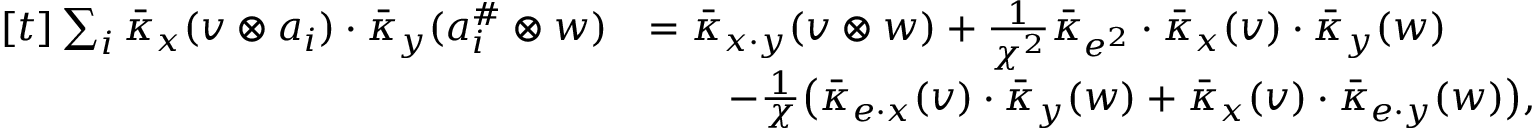
\begin{array} { r l } { [ t ] \sum _ { i } \bar { \kappa } _ { x } ( v \otimes a _ { i } ) \cdot \bar { \kappa } _ { y } ( a _ { i } ^ { \# } \otimes w ) } & { = \bar { \kappa } _ { x \cdot y } ( v \otimes w ) + \frac { 1 } { \chi ^ { 2 } } \bar { \kappa } _ { e ^ { 2 } } \cdot \bar { \kappa } _ { x } ( v ) \cdot \bar { \kappa } _ { y } ( w ) } \\ & { \quad \quad - \frac { 1 } { \chi } \bigl ( \bar { \kappa } _ { e \cdot x } ( v ) \cdot \bar { \kappa } _ { y } ( w ) + \bar { \kappa } _ { x } ( v ) \cdot \bar { \kappa } _ { e \cdot y } ( w ) \bigr ) , } \end{array}